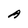
Character: A